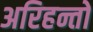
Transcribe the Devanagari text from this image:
अरिहन्तों